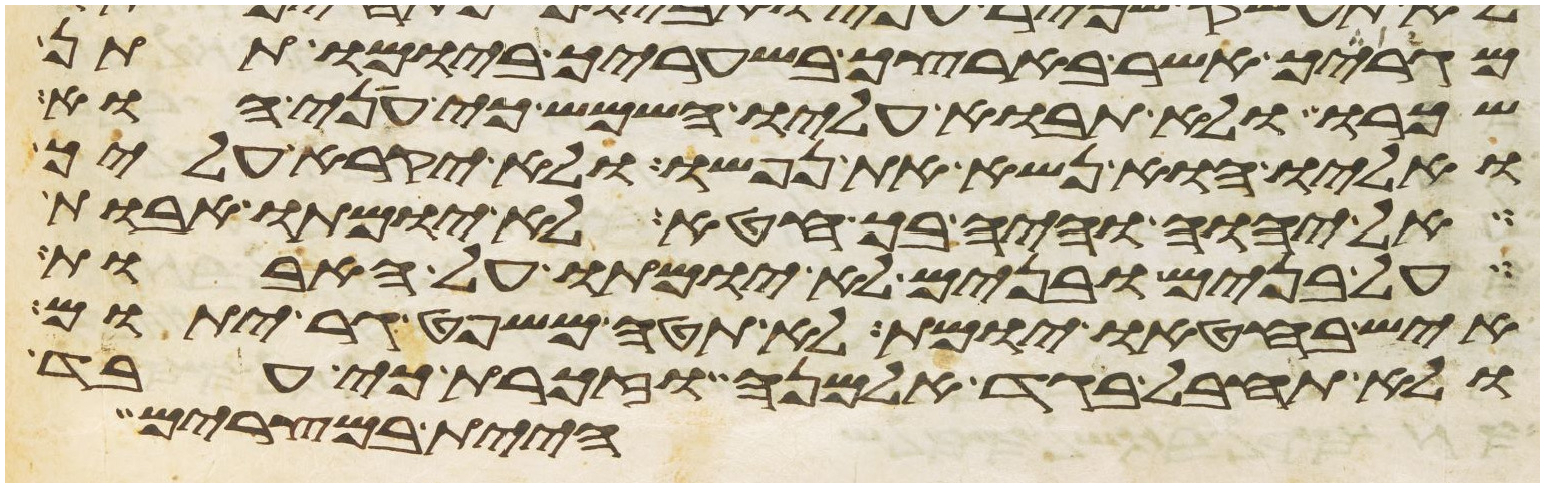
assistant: מגרך אשר בארצך בשעריך ביומו תתן
שכרו ולא תבוא עליו השמש כי עני הוא
ואליו הוא נשא את נפשו ולא יקרא עליך
אל יהוה והיה בך חטא לא יומתו אבות
על בנים ובנים לא יומתו על האבות
איש בחטאו יומת לא תטה משפט גר יתום
ולא תחבל בגד אלמנה וזכרת כי עבד
היית במצרים